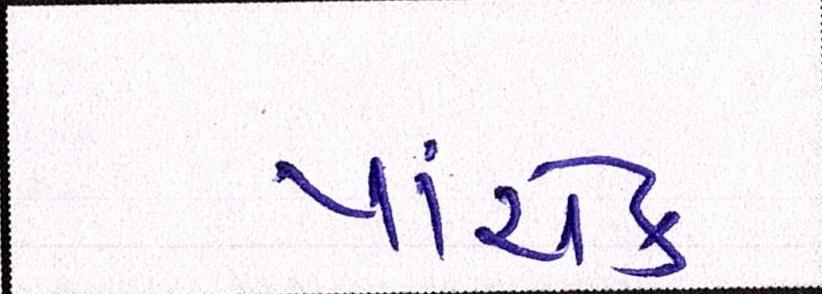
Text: પાંચેક